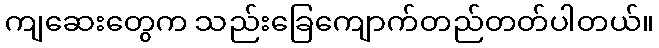
ကျဆေးတွေက သည်းခြေကျောက်တည်တတ်ပါတယ်။